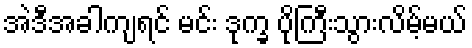
အဲဒီအခါကျရင် မင်း ဒုက္ခ ပိုကြီးသွားလိမ့်မယ်